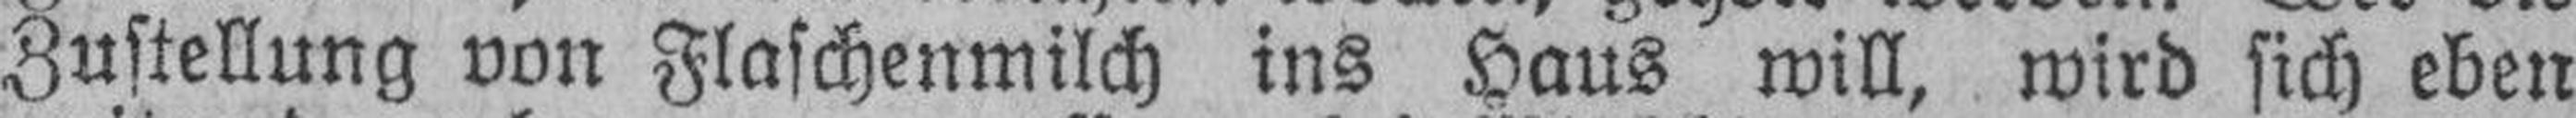
Zustellung von Flaschenmilch ins Haus will, wird sich eben